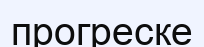
прогреске